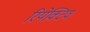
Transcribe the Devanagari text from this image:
रियेक्टिव